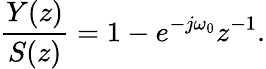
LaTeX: {\frac{Y(z)}{S(z)}}=1-e^{-j\omega_{0}}z^{-1}.